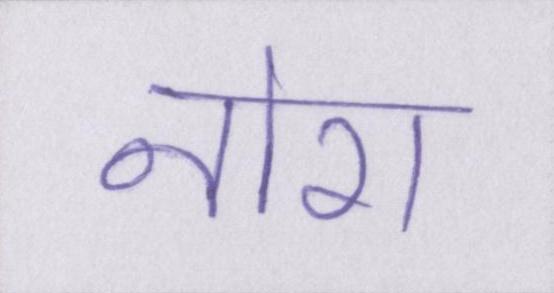
नोरा